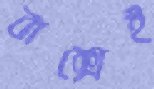
বাক্সেই